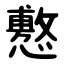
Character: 懯